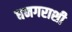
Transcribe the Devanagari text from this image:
धनगराशी